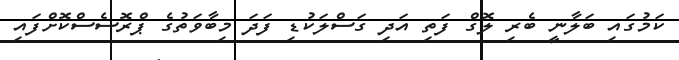
ކަމުގައި ބަލާނީ ބެރި ލޮގް ފަތި އަދި ގަސްލަކުޑި ފަދަ މިބާވަތުގެ ޕްރޮސެސްކޮށްފައި